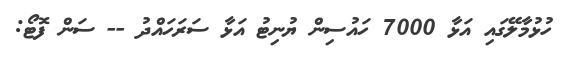
ހުޅުމާލޭގައި އަޅާ 7000 ހައުސިން ޔުނިޓު އަޅާ ސަރަހައްދު -- ސަން ފޮޓޯ: